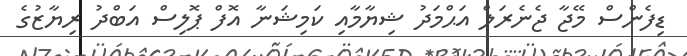
ޑިފެންސް މޭޖާ ޖެނެރަލް އަޙްމަދު ޝިޔާމާއި ކަމިޝަނާ އޮފް ޕޮލިސް އަބްދު ރިޔާޒުގެ